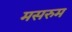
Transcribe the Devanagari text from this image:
मसरुम